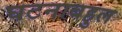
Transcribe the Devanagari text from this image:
घटनाबहुल